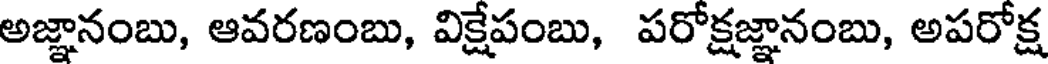
అజ్ఞానంబు, ఆవరణంబు, విక్షేపంబు, పరోక్షజ్ఞానంబు, అపరోక్ష